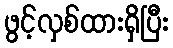
ဖွင့်လှစ်ထားရှိပြီး